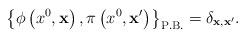
LaTeX: \begin{align*}\left\{\phi\left(x^0,{\bf x}\right),\pi\left(x^0,{\bf x'}\right)\right\}_{\rm P.B.}=\delta_{{\bf x},{\bf x'}}.\end{align*}